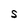
Character: S